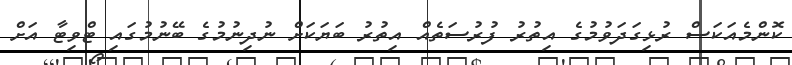
ކޮންމެއަކަސް ރުޅިގަދަވުމުގެ އިތުރު ފުރުސަތެއް އިތުރު ބަޔަކަށް ނުދިނުމުގެ ބޭނުމުގައި ޓްވިޓާ އަށް